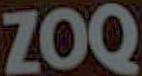
ZOQ